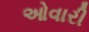
ઓવારી